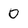
Character: 0